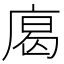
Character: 𢉥